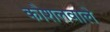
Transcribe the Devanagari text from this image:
कौशलवाले